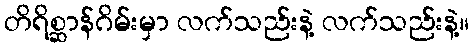
တိရိစ္ဆာန်ဂိမ်းမှာ လက်သည်းနဲ့ လက်သည်းနဲ့။